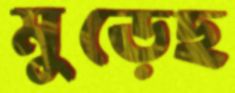
মুড়েছ